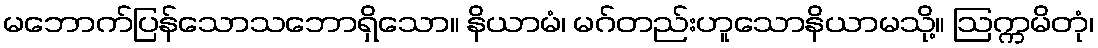
မဘောက်ပြန်သောသဘောရှိသော။ နိယာမံ၊ မဂ်တည်းဟူသောနိယာမသို့။ ဩက္ကမိတုံ၊